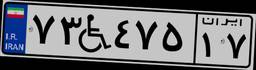
۷۳W۴۷۵۱۷